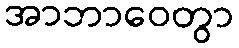
အာဘာဝေတွာ